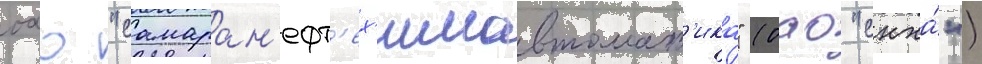
оао "самаран'ефт'ех'имавтомат'ика" (оао "снха́")